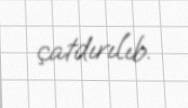
çatdırılıb.